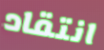
انتقاد